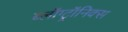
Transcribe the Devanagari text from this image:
ब्लॉग्ट्रॉनिक्स